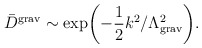
\begin{align*}{\bar D}^{\rm grav}\sim\exp\biggl(-\frac{1}{2}k^2/\Lambda^2_{\rm grav}\biggr).\end{align*}